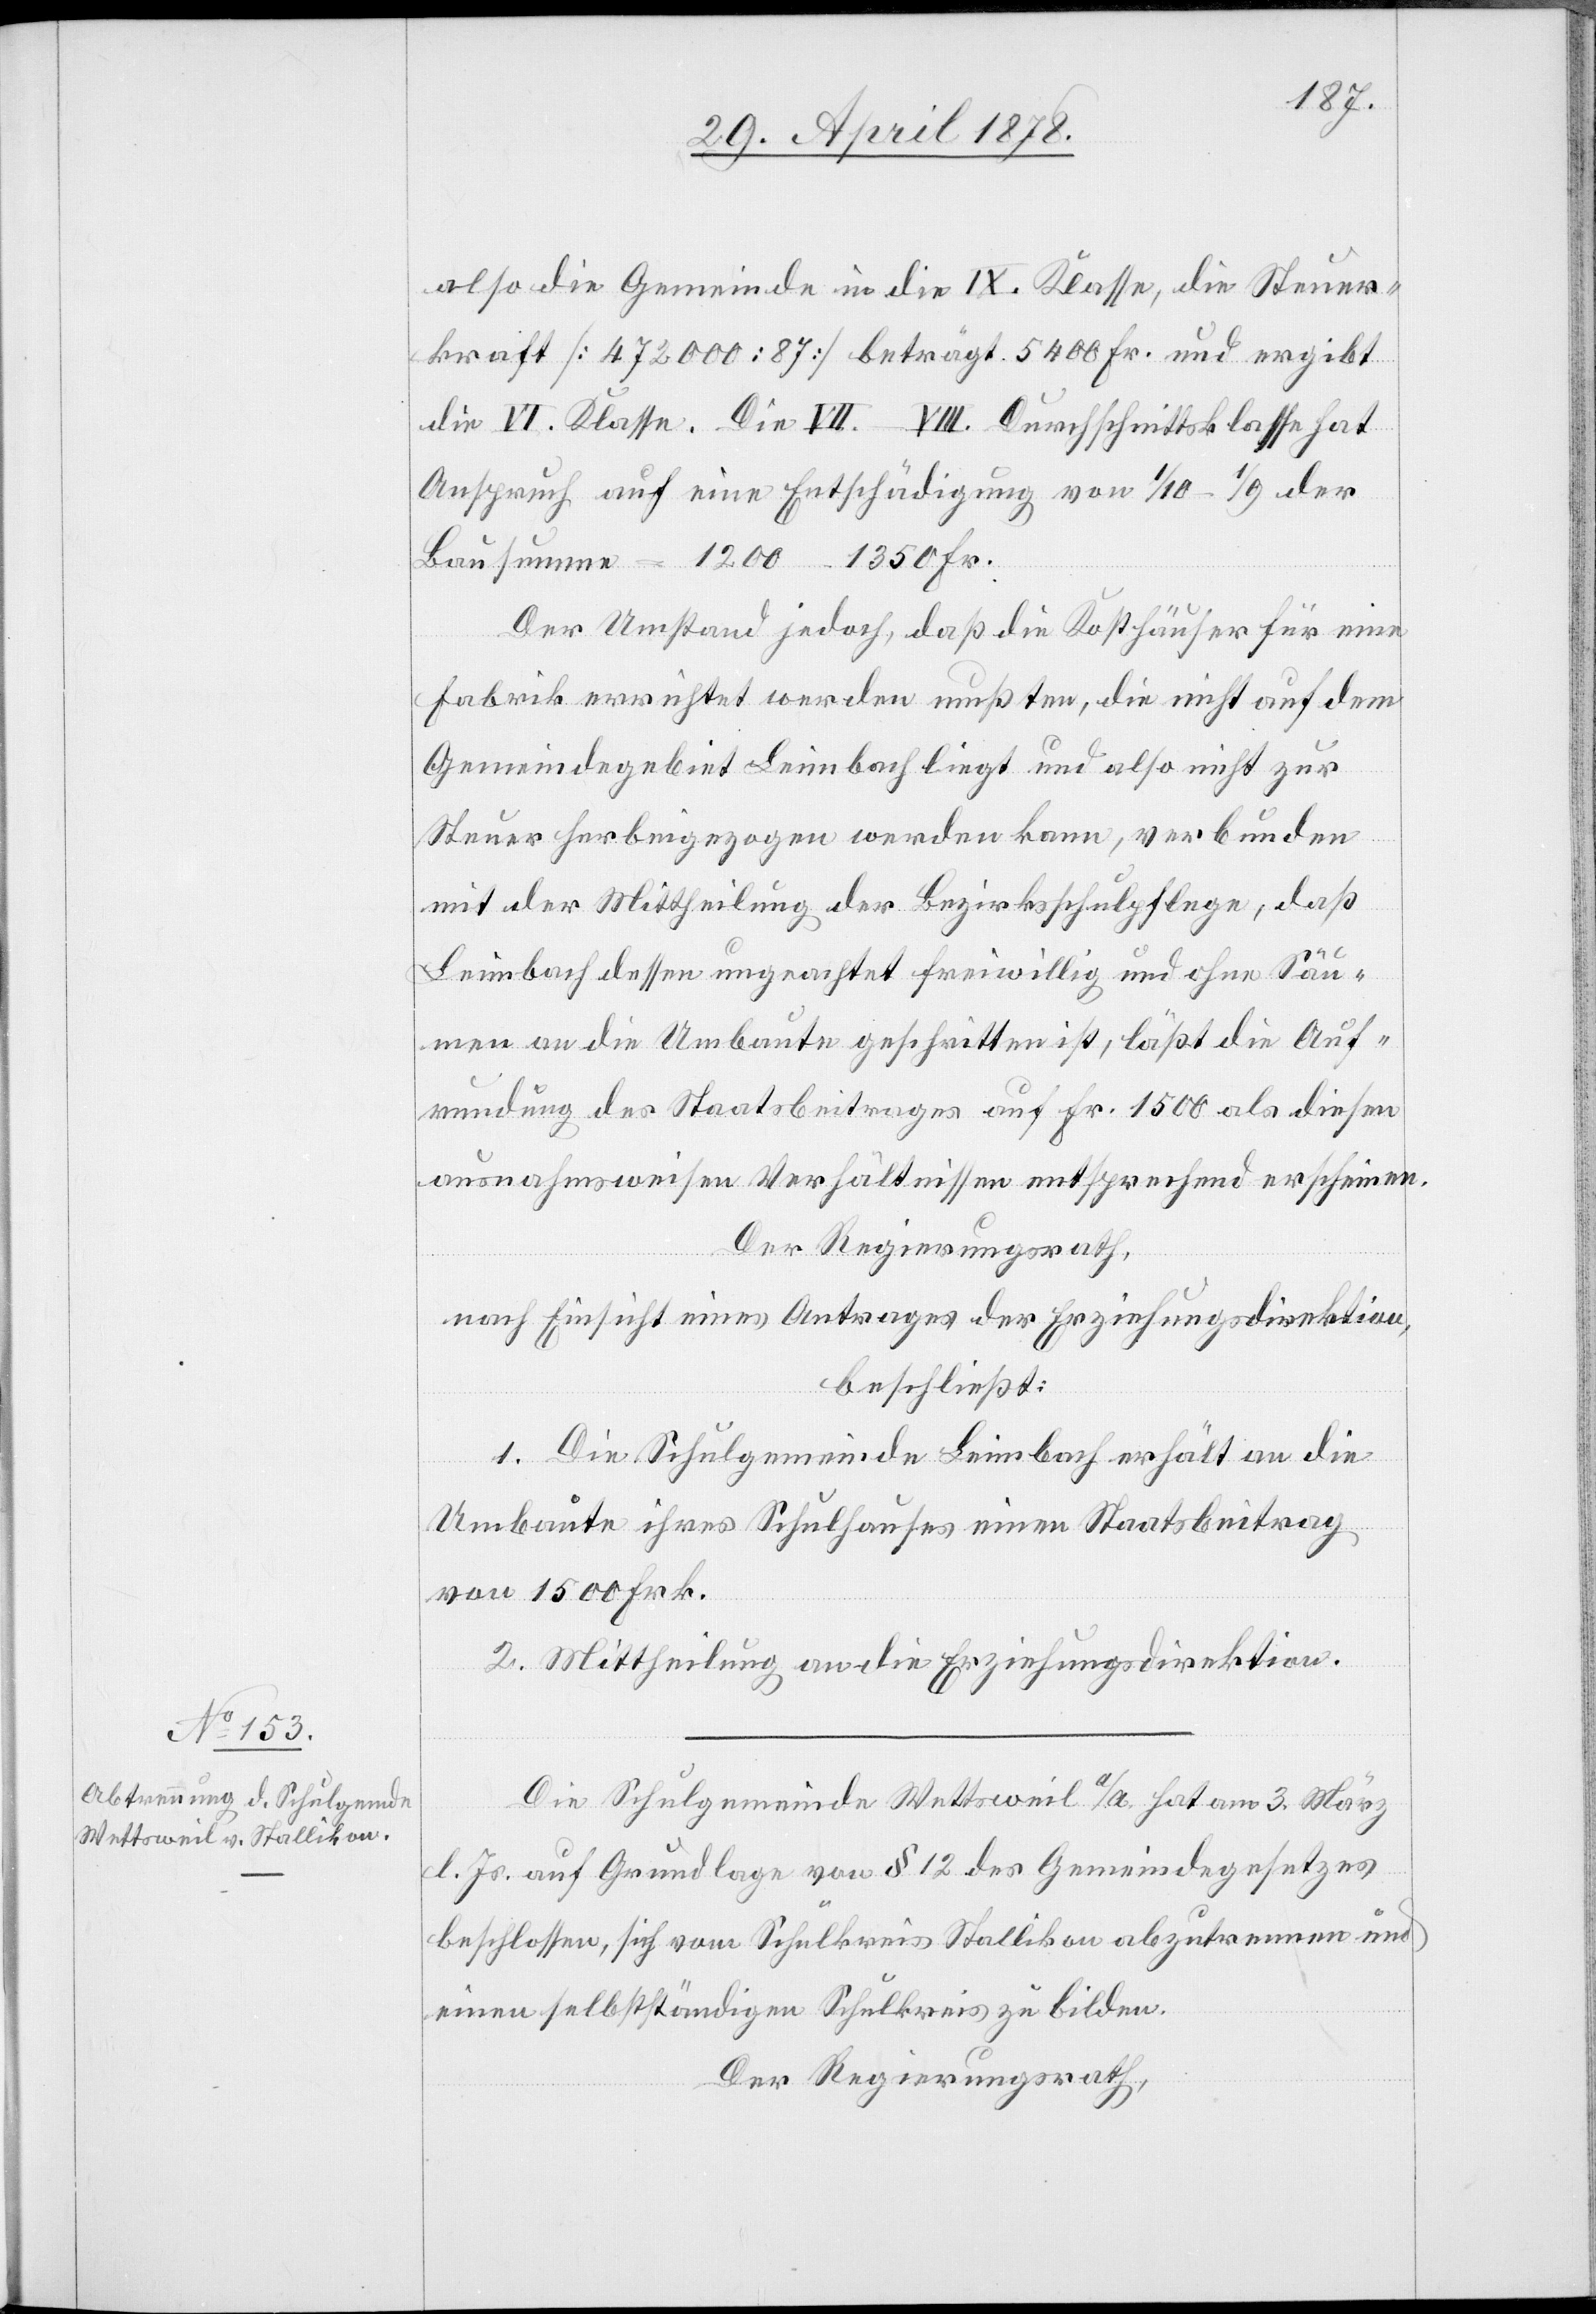
also die Gemeinde in die IX. Klasse, die Steuer¬
kraft [472000 : 87] beträgt 5400 Fr. und ergibt
die VI. Klasse. Die VII.–VIII. Durchschnittsklasse hat
Anspruch auf eine Entschädigung von 1/10–1/9 der
Der Umstand jedoch, daß die Kosthäuser für eine
Fabrik errichtet werden mußten, die nicht auf dem
Gemeindegebiet Leimbach liegt und also nicht zur
Steuer herbeigezogen werden kann, verbunden
mit der Mittheilung der Bezirksschulpflege, daß
Leimbach dessen ungeachtet freiwillig und ohne Säu¬
men an die Umbaute geschritten ist, läßt die Auf¬
rundung des Staatsbeitrages auf Fr. 1500 als diesen
ausnahmsweisen Verhältnissen entsprechend erscheinen.
Der Regierungsrath,
nach Einsicht eines Antrages der Erziehungsdirektion,
beschließt:
1. Die Schulgemeinde Leimbach erhält an die
Umbaute ihres Schulhauses einen Staatsbeitrag
von 1500 Frk.
2. Mittheilung an die Erziehungsdirektion.
Die Schulgemeinde Wettsweil a/A. hat am 3. März
l. Js. auf Grundlage von § 12 des Gemeindegesetzes
beschlossen, sich vom Schulkreis Stallikon abzutrennen und
einen selbstständigen Schulkreis zu bilden.
Der Regierungsrath,